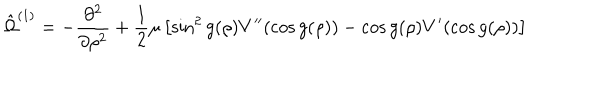
\hat { \Omega } ^ { ( 1 ) } = - \frac { \partial ^ { 2 } } { \partial \rho ^ { 2 } } + \frac 1 2 \mu \left[ \sin ^ { 2 } g ( \rho ) V ^ { \prime \prime } ( \cos g ( \rho ) ) - \cos g ( \rho ) V ^ { \prime } ( \cos g ( \rho ) ) \right]